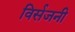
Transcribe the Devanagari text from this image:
विर्सजनी